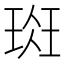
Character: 𰢁